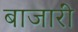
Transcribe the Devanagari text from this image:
बाजारीं